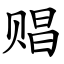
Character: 䞎